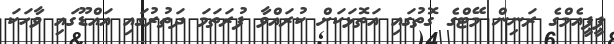
ޕީޕީއެމްގެ ރަނިން މޭޓްގެ ގޮތުގައި އަތޮޅަކަށް ކުރައްވާ ފުރަތަމަ ދަތުރުގައި އައްޑޫގައި ވާހަކަ